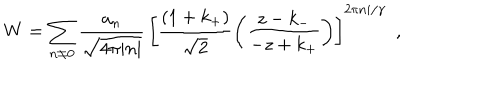
LaTeX: W = \sum _ { n \ne 0 } \frac { a _ { n } } { \sqrt { 4 \pi | n | } } \, \left[ \frac { ( 1 + k _ { + } ) } { \sqrt { 2 } } \left( \frac { z - k _ { - } } { - z + k _ { + } } \right) \right] ^ { 2 \pi n i / \gamma } \ \ ,